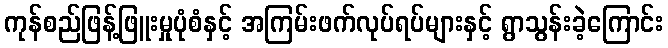
ကုန်စည်ဖြန့်ဖြူးမှုပုံစံနှင့် အကြမ်းဖက်လုပ်ရပ်များနှင့် ရွာသွန်းခဲ့ကြောင်း